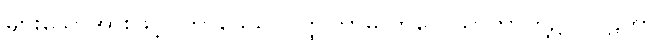
များသောအားဖြင့်။ ကာမေသု၊ ဝတ္ထုကာမ ကိလေသာကာတို့၌။ လဠိတာ၊